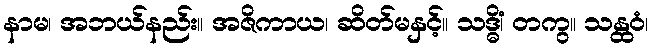
နာမ၊ အဘယ်နည်း။ အဇိကာယ၊ ဆိတ်မနှင့်။ သဒ္ဓိံ၊ တကွ။ သန္ထဝံ၊